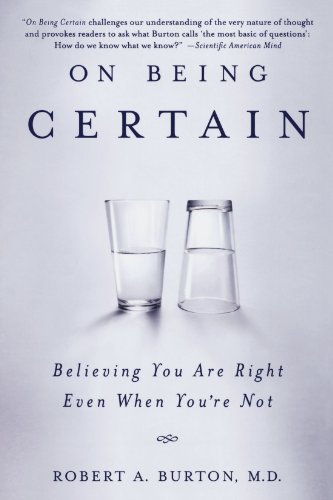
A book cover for On Being Certain: Believing You Are Right Even When You're Not; Robert A. Burton; Politics & Social Sciences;